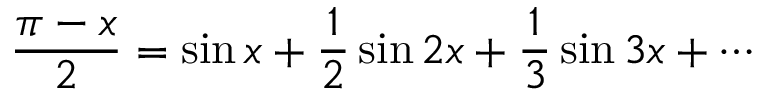
{ \frac { \pi - x } { 2 } } = \sin x + { \frac { 1 } { 2 } } \sin 2 x + { \frac { 1 } { 3 } } \sin 3 x + \cdots